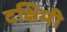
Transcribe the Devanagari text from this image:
दक्षिमी